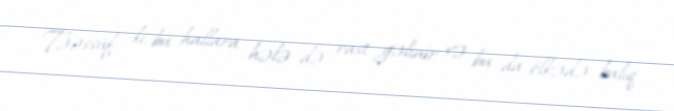
Təəssüf ki, bu hallara hələ də rast gəlinir və bu da ölkədə balıq